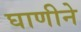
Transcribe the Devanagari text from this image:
घाणीने